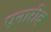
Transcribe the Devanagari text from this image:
एनारोब